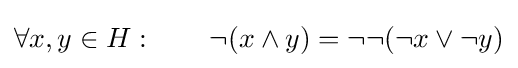
\forall x,y\in H:\qquad \lnot (x\wedge y)=\lnot \lnot (\lnot x\vee \lnot y)